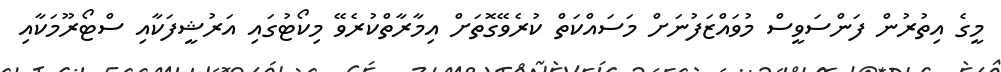
މީގެ އިތުރުން ފަންސަވީސް މުވައްޒަފުނަށް މަސައްކަތް ކުރެވޭގޮތަށް އިމާރާތްކުރެވޭ މިކޯޓުގައި އަރުޝީފަކާއި ސްޓޯރޫމަކާއި